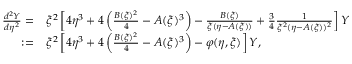
\begin{array} { r l } { \frac { d ^ { 2 } Y } { d \eta ^ { 2 } } = } & { \xi ^ { 2 } \left[ 4 \eta ^ { 3 } + 4 \left( \frac { B ( \xi ) ^ { 2 } } { 4 } - A ( \xi ) ^ { 3 } \right) - \frac { B ( \xi ) } { \xi ( \eta - A ( \xi ) ) } + \frac { 3 } { 4 } \frac { 1 } { \xi ^ { 2 } ( \eta - A ( \xi ) ) ^ { 2 } } \right] Y } \\ { : = } & { \xi ^ { 2 } \left[ 4 \eta ^ { 3 } + 4 \left( \frac { B ( \xi ) ^ { 2 } } { 4 } - A ( \xi ) ^ { 3 } \right) - \varphi ( \eta , \xi ) \right] Y , } \end{array}